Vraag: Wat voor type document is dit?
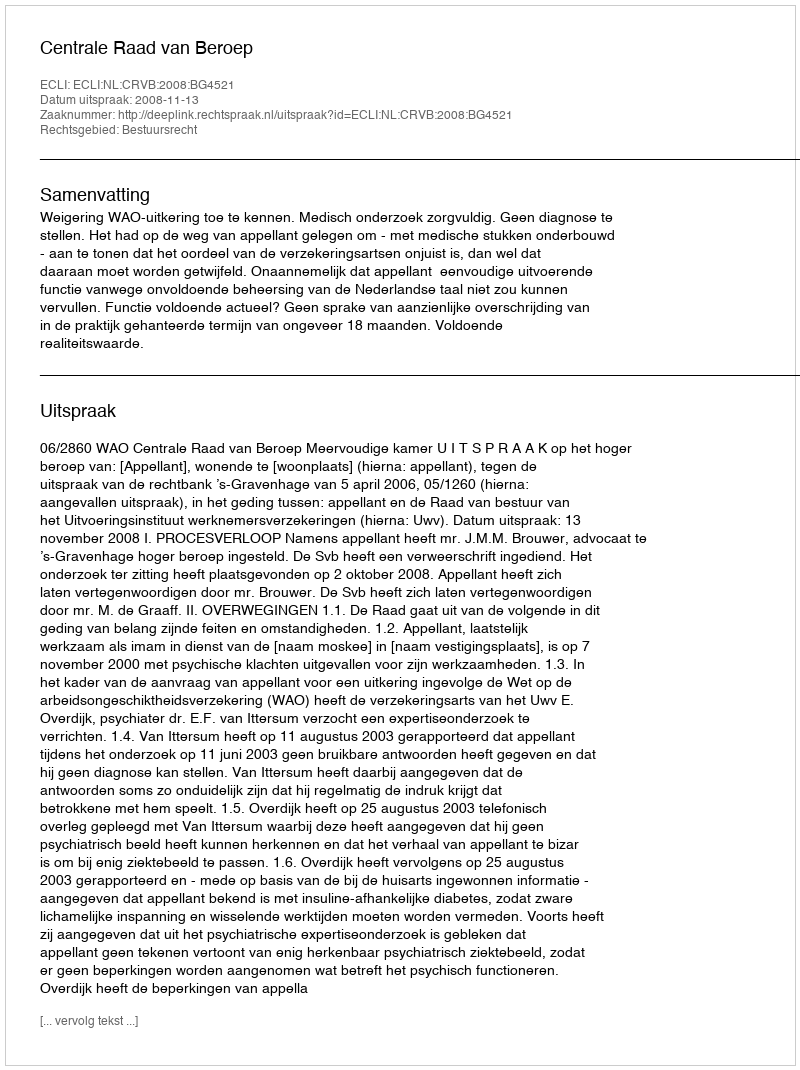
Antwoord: Uitspraak